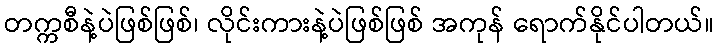
တက္ကစီနဲ့ပဲဖြစ်ဖြစ်၊ လိုင်းကားနဲ့ပဲဖြစ်ဖြစ် အကုန် ရောက်နိုင်ပါတယ်။